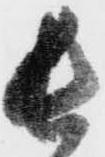
長